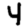
Digit: 4